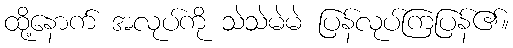
ထို့နောက် အလုပ်ကို သဲသဲမဲမဲ ပြန်လုပ်ကြပြန်၏။